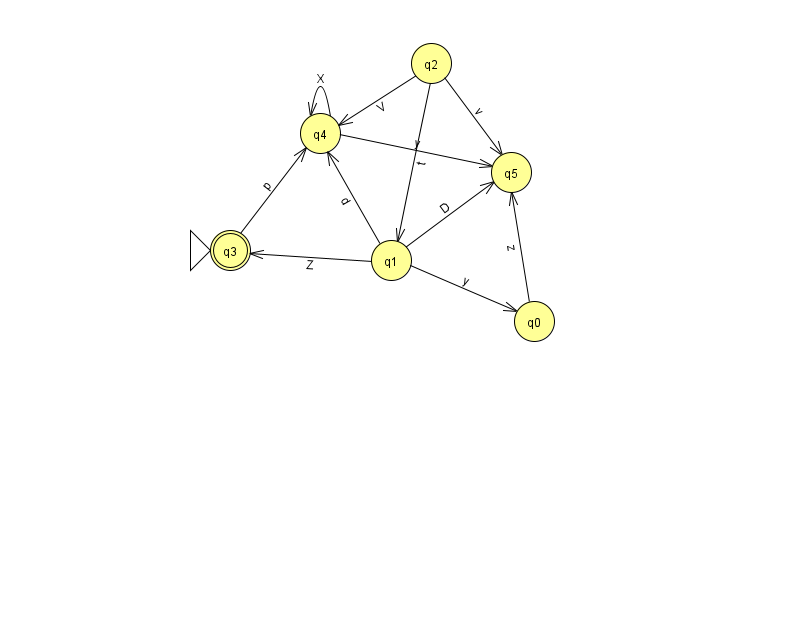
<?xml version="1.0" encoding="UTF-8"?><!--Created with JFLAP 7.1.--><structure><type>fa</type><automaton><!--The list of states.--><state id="0" name="q0"><x>534.0</x><y>308.0</y></state><state id="1" name="q1"><x>391.0</x><y>247.0</y></state><state id="2" name="q2"><x>431.0</x><y>50.0</y></state><state id="3" name="q3"><x>230.0</x><y>237.0</y><initial/><final/></state><state id="4" name="q4"><x>320.0</x><y>120.0</y></state><state id="5" name="q5"><x>511.0</x><y>159.0</y></state><!--The list of transitions.--><transition><from>2</from><to>5</to><read>v</read></transition><transition><from>1</from><to>5</to><read>D</read></transition><transition><from>2</from><to>1</to><read>t</read></transition><transition><from>4</from><to>5</to><read>y</read></transition><transition><from>0</from><to>5</to><read>z</read></transition><transition><from>4</from><to>4</to><read>X</read></transition><transition><from>3</from><to>4</to><read>p</read></transition><transition><from>1</from><to>3</to><read>Z</read></transition><transition><from>1</from><to>4</to><read>d</read></transition><transition><from>1</from><to>0</to><read>y</read></transition><transition><from>2</from><to>4</to><read>V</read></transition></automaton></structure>